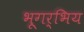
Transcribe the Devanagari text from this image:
भूगर्भिय